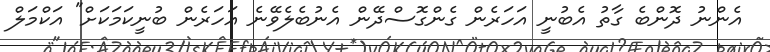
އެންނު ދޮންބެ ގާތު އެބުނީ އަހަރެން ގެންގޮސްދޭން އެނުބެލެވޭނެ އަހަރެން ބުނީކަމަކަށް" އަކްމަލް